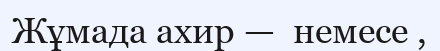
Жұмада ахир —  немесе ,